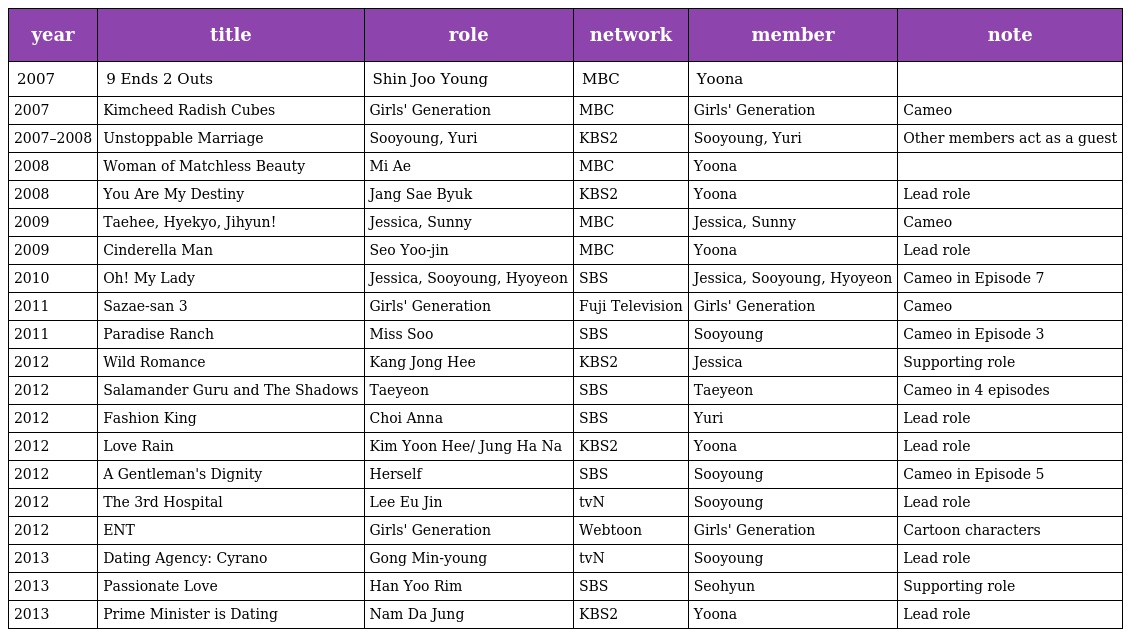
| year | title | role | network | member | note |
 | --- | --- | --- | --- | --- | --- |
 | 2007 | 9 Ends 2 Outs | Shin Joo Young | MBC | Yoona |  |
 | 2007 | Kimcheed Radish Cubes | Girls' Generation | MBC | Girls' Generation | Cameo |
 | 2007–2008 | Unstoppable Marriage | Sooyoung, Yuri | KBS2 | Sooyoung, Yuri | Other members act as a guest |
 | 2008 | Woman of Matchless Beauty | Mi Ae | MBC | Yoona |  |
 | 2008 | You Are My Destiny | Jang Sae Byuk | KBS2 | Yoona | Lead role |
 | 2009 | Taehee, Hyekyo, Jihyun! | Jessica, Sunny | MBC | Jessica, Sunny | Cameo |
 | 2009 | Cinderella Man | Seo Yoo-jin | MBC | Yoona | Lead role |
 | 2010 | Oh! My Lady | Jessica, Sooyoung, Hyoyeon | SBS | Jessica, Sooyoung, Hyoyeon | Cameo in Episode 7 |
 | 2011 | Sazae-san 3 | Girls' Generation | Fuji Television | Girls' Generation | Cameo |
 | 2011 | Paradise Ranch | Miss Soo | SBS | Sooyoung | Cameo in Episode 3 |
 | 2012 | Wild Romance | Kang Jong Hee | KBS2 | Jessica | Supporting role |
 | 2012 | Salamander Guru and The Shadows | Taeyeon | SBS | Taeyeon | Cameo in 4 episodes |
 | 2012 | Fashion King | Choi Anna | SBS | Yuri | Lead role |
 | 2012 | Love Rain | Kim Yoon Hee/ Jung Ha Na | KBS2 | Yoona | Lead role |
 | 2012 | A Gentleman's Dignity | Herself | SBS | Sooyoung | Cameo in Episode 5 |
 | 2012 | The 3rd Hospital | Lee Eu Jin | tvN | Sooyoung | Lead role |
 | 2012 | ENT | Girls' Generation | Webtoon | Girls' Generation | Cartoon characters |
 | 2013 | Dating Agency: Cyrano | Gong Min-young | tvN | Sooyoung | Lead role |
 | 2013 | Passionate Love | Han Yoo Rim | SBS | Seohyun | Supporting role |
 | 2013 | Prime Minister is Dating | Nam Da Jung | KBS2 | Yoona | Lead role |